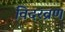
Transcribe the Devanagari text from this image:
विदरव्रण